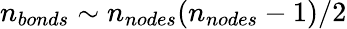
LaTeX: n_{bonds}\sim n_{nodes}(n_{nodes}-1)/2